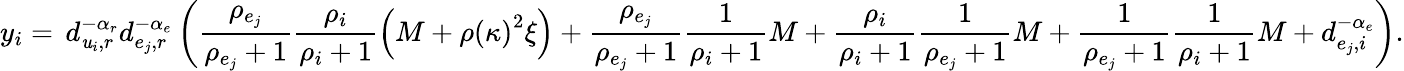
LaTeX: y_{i}=\, d_{\mathit{u}_{i},r}^{-\alpha_{r}}d_{e_{j},r}^{-\alpha_{e}}\left(\frac{{\rho_{e_{j}}}}{{\rho_{e_{j}}+1}}\frac{{\rho_{i}}}{{\rho_{i}+1}}\left(M+\rho\left(\kappa\right)^{2}\xi\right)+\frac{{\rho_{e_{j}}}}{{\rho_{e_{j}}+1}}\frac{{1}}{{\rho_{i}+1}}M+\frac{{\rho_{i}}}{{\rho_{i}+1}}\frac{{1}}{{\rho_{e_{j}}+1}}M+\frac{{1}}{{\rho_{e_{j}}+1}}\frac{{1}}{{\rho_{i}+1}}M+d_{e_{j},i}^{-\alpha_{e}}\right).